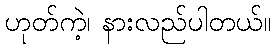
ဟုတ်ကဲ့၊ နားလည်ပါတယ်။